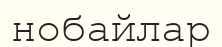
нобайлар